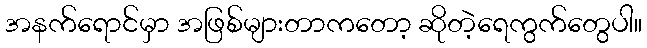
အနက်ရောင်မှာ အဖြစ်များတာကတော့ ဆိုတဲ့ရေကွက်တွေပါ။